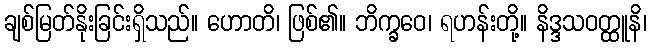
ချစ်မြတ်နိုးခြင်းရှိသည်။ ဟောတိ၊ ဖြစ်၏။ ဘိက္ခဝေ၊ ရဟန်းတို့။ နိဒ္ဒသဝတ္ထူနိ၊